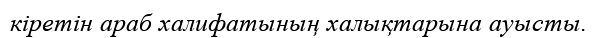
кіретін араб халифатының халықтарына ауысты.